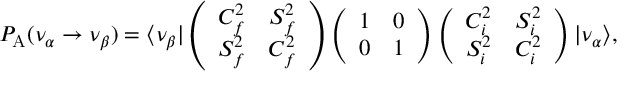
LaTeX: { \cal P } _ { \mathrm { A } } ( \nu _ { \alpha } \rightarrow \nu _ { \beta } ) = \langle \nu _ { \beta } | \left( \begin{array} { c c } { { C _ { f } ^ { 2 } } } & { { S _ { f } ^ { 2 } } } \\ { { S _ { f } ^ { 2 } } } & { { C _ { f } ^ { 2 } } } \end{array} \right) \left( \begin{array} { c c } { { 1 } } & { { 0 } } \\ { { 0 } } & { { 1 } } \end{array} \right) \left( \begin{array} { c c } { { C _ { i } ^ { 2 } } } & { { S _ { i } ^ { 2 } } } \\ { { S _ { i } ^ { 2 } } } & { { C _ { i } ^ { 2 } } } \end{array} \right) | \nu _ { \alpha } \rangle ,